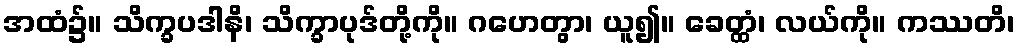
အထံ၌။ သိက္ခပဒါနိ၊ သိက္ခာပုဒ်တို့ကို။ ဂဟေတွာ၊ ယူ၍။ ခေတ္ထံ၊ လယ်ကို။ ကဿတိ၊